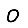
Digit: 0